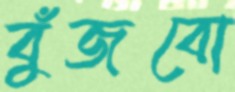
বুঁজবো